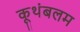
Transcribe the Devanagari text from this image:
कूथंबलम